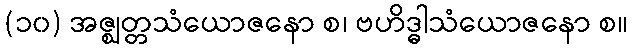
(၁၀) အဇ္ဈတ္တသံယောဇနော စ၊ ဗဟိဒ္ဓါသံယောဇနော စ။